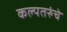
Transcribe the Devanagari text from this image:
कल्पतरुंचे